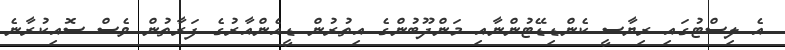
އެ ލިސްޓުގައި ރިޔާސީ ކެންޑިޑޭޓުންނާއި މަންދޫބުންގެ އިތުރުން ޑީއެންއާރުގެ ފަރާތުން ވެސް ސޮއިކުރާނެ